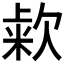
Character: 𰙒